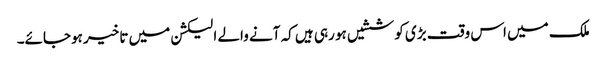
ملک میں اس وقت بڑی کوششیں ہو رہی ہیں کہ آنے والے الیکشن میں تاخیر ہوجائے۔